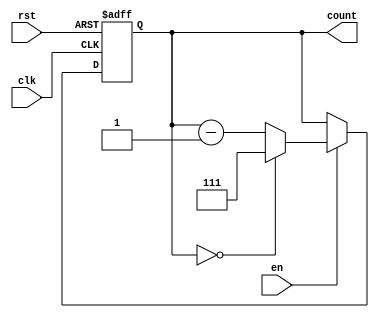
module down_counter_moore #(
    parameter N = 3  // Parameter for the number of bits (default is 3)
) (
    input wire clk,   // Clock signal
    input wire rst,   // Asynchronous reset (active high)
    input wire en,    // Enable signal
    output reg [N-1:0] count // Current count output
);

// State encoding
localparam MAX_COUNT = (1 << N) - 1; // Maximum count value (2^N - 1)

// Sequential logic for state transition
always @(posedge clk or posedge rst) begin
    if (rst) begin
        count <= MAX_COUNT; // Reset to maximum state (N-1)
    end else if (en) begin
        if (count == 0) begin
            count <= MAX_COUNT; // Wrap around to maximum state
        end else begin
            count <= count - 1; // Decrement the count
        end
    end
    // If en is low, retain the current state (no else needed)
end

endmodule